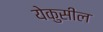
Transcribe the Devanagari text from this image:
येकुसील